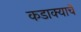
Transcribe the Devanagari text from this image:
कडाक्याचे